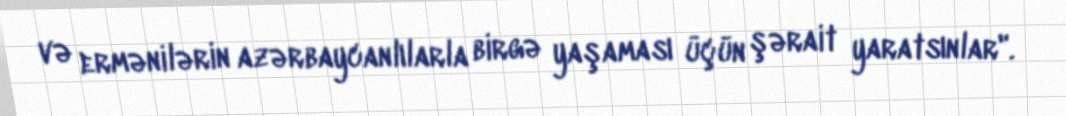
və ermənilərin azərbaycanlılarla birgə yaşaması üçün şərait yaratsınlar".